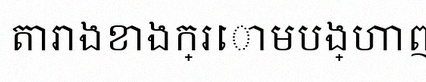
តារាងខាងក្រោមបង្ហាញពីទិន្នន័យ